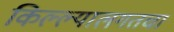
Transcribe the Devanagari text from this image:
किल्ल्यालगतचा